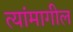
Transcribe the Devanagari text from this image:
त्यांमागील